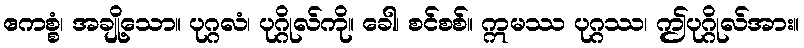
ဧကစ္စံ၊ အချို့သော။ ပုဂ္ဂလံ၊ ပုဂ္ဂိုလ်ကို။ ခေါ၊ စင်စစ်။ ဣမဿ ပုဂ္ဂဿ၊ ဤပုဂ္ဂိုလ်အား။